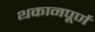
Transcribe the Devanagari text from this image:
थकानपूर्ण